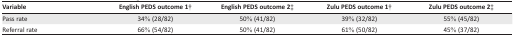
<table><thead><tr><td><b>Variable</b></td><td><b>English PEDS outcome 1†</b></td><td><b>English PEDS outcome 2‡</b></td><td><b>Zulu PEDS outcome 1†</b></td><td><b>Zulu PEDS outcome 2‡</b></td></tr></thead><tbody><tr><td>Pass rate</td><td>34% (28/82)</td><td>50% (41/82)</td><td>39% (32/82)</td><td>55% (45/82)</td></tr><tr><td>Referral rate</td><td>66% (54/82)</td><td>50% (41/82)</td><td>61% (50/82)</td><td>45% (37/82)</td></tr></tbody></table>